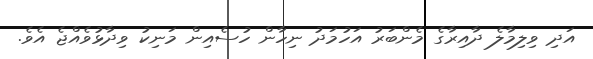
އަދި ވިލިމާލެ ދާއިރާގެ މެންބަރު އަހުމަދު ނިހާން ހުސެއިން މަނިކު ވިދާޅުވެއްޖެ އެވެ.